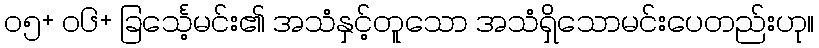
၀၅+ ၀၆+ ခြင်္သေ့မင်း၏ အသံနှင့်တူသော အသံရှိသောမင်းပေတည်းဟု။